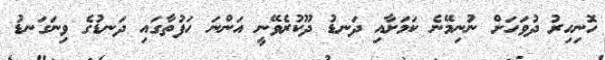
ހޮނިހިރު ދުވަހަށް ނުނިމޭނެ ކަމަށާއި ދަނޑު ދޫކުރެވޭނީ އަންނަ ހަފުތާގައި ދަނޑުގެ ވިނަގަނޑު